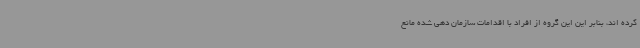
کرده اند، بنابر این این گروه از افراد با اقدامات سازمان دهی شده مانع